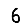
Digit: 6